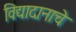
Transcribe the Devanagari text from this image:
विद्यादानाचे